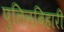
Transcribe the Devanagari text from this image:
पुलिनबिहारी